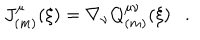
LaTeX: J _ { ( m ) } ^ { \mu } ( \xi ) = \nabla _ { \nu } Q _ { ( m ) } ^ { \mu \nu } ( \xi ) .